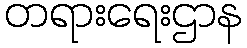
တရားရေးဌာန